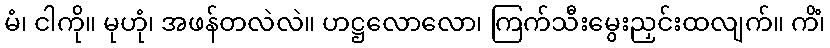
မံ၊ ငါကို။ မုဟုံ၊ အဖန်တလဲလဲ။ ဟဋ္ဌလောလော၊ ကြက်သီးမွေးညှင်းထလျက်။ ကိံ၊